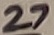
Text: 27